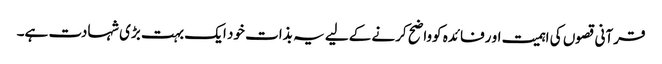
قرآنی قصوں کی اہمیت او رفائدہ کوواضح کرنے کےلیے یہ بذات خود ایک بہت بڑی شہادت ہے۔